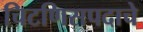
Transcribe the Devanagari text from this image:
चिटणिसपदाचे